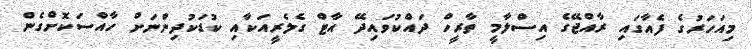
މިއަހަރުގެ ފެއާގައި ރާއްޖޭގެ އިސްލާމީ ތާރީހް ދައްކުވައިދޭ އާޓް ގެލެރީއަކާއި ކުޑަކުދިންނަށް ހާއްސަކޮށްގެން